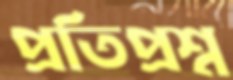
প্রতিপ্রশ্ন